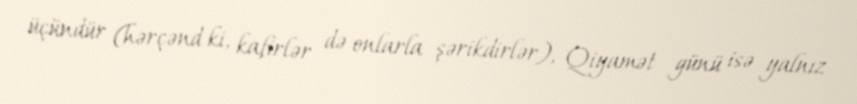
üçündür (hərçənd ki, kafirlər də onlarla şərikdirlər), Qiyamət günü isə yalnız